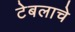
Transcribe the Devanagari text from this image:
टेबलाचे